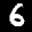
Label: 6